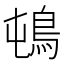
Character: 𲍛